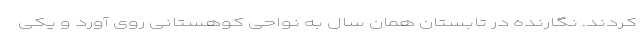
کردند. نگارنده در تابستان همان سال به نواحی کوهستانی روی آورد و یکی